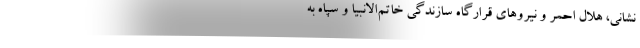
‌نشانی، هلال احمر و نیروهای قرارگاه سازندگی خاتم‌الانبیا و سپاه به